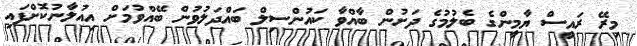
މިރޭ ރައީސް ޔާމީންގެ ބެލުމުގެ ދަށުން ބާއްވާ ކައުންސިލް ބައްދަލުވުން ބޭއްވުމަށް އިއުލާނުކޮށްފައި